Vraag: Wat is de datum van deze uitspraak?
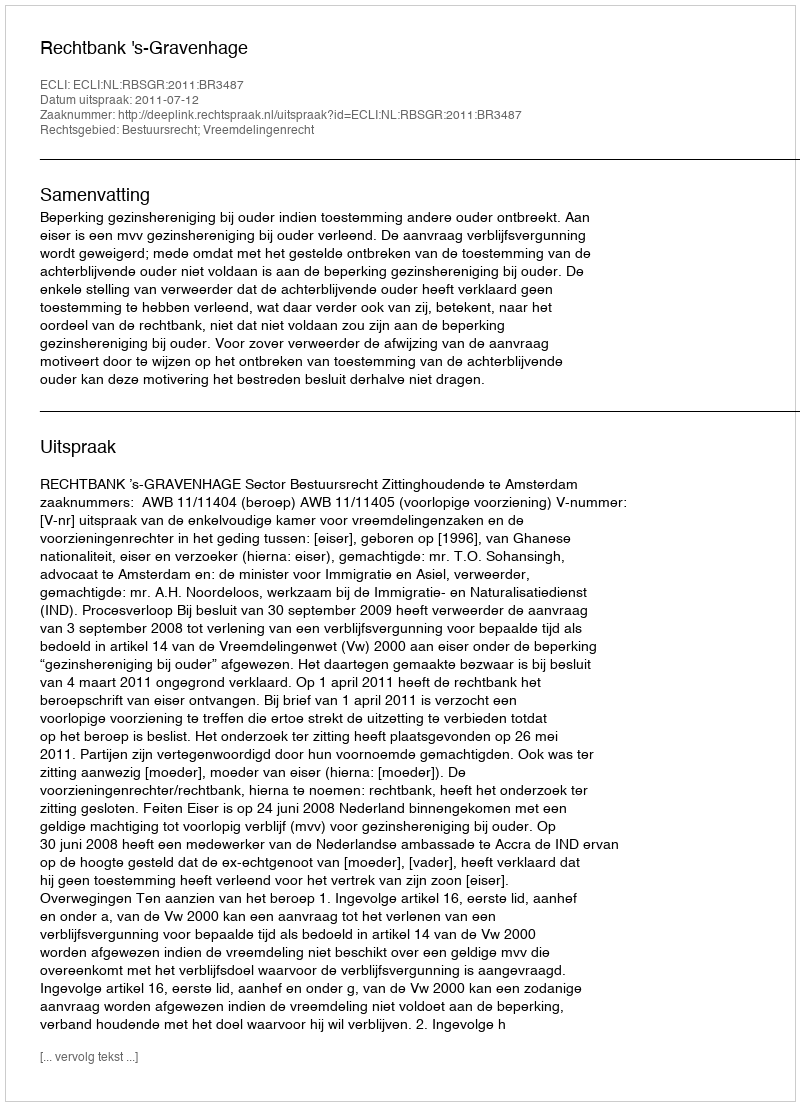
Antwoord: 2011-07-12